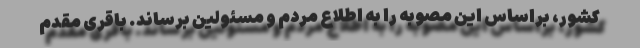
کشور، براساس این مصوبه را به اطلاع مردم و مسئولین برساند. باقری مقدم